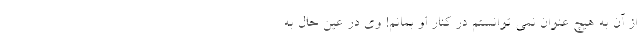
از آن به هیچ عنوان نمی توانستم در کنار او بمانم! وی در عین حال به